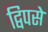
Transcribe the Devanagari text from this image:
द्विपसे